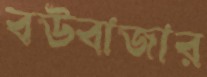
বউবাজার